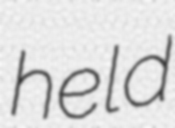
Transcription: held